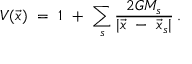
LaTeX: V ( \vec { x } ) \ = \ 1 \ + \ \sum _ { s } \frac { 2 G M _ { s } } { | \vec { x } \ - \ \vec { x } _ { s } | } \, .